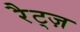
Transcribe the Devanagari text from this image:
रैट्ज़